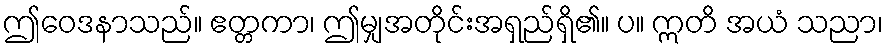
ဤဝေဒနာသည်။ ဧတ္တကာ၊ ဤမျှအတိုင်းအရှည်ရှိ၏။ ပ။ ဣတိ အယံ သညာ၊